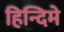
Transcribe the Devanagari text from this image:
हिन्दिमे